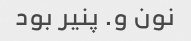
نون و. پنیر بود